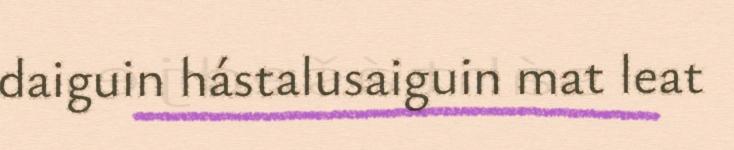
daiguin hástalusaiguin mat leat